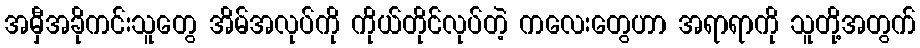
အမှီအခိုကင်းသူတွေ အိမ်အလုပ်ကို ကိုယ်တိုင်လုပ်တဲ့ ကလေးတွေဟာ အရာရာကို သူတို့အတွက်